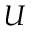
U